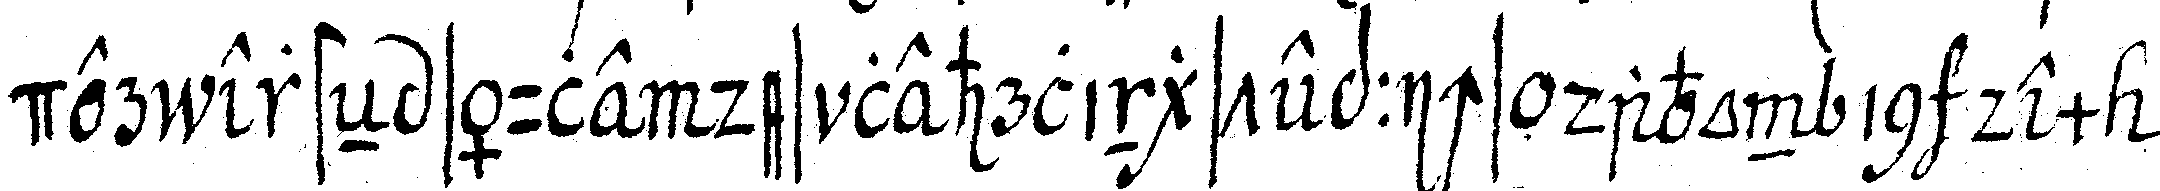
der ersteN säule des lehrlingsteppichs davon in dem